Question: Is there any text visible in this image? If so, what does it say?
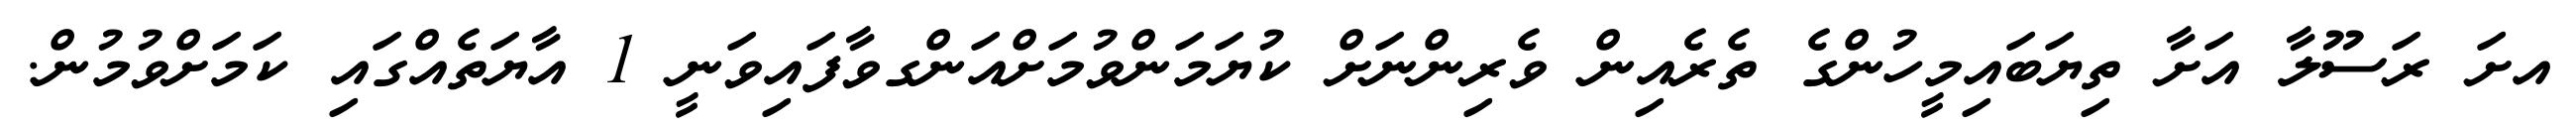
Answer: އށަ ރަސޫލާ އަށާ ތިޔަބައިމީހުންގެ ތެރެއިން ވެރިންނަށް ކުޔަމަންވުމަށްއަންގވާފައިވަނީ 1 އާޔަތެއްގައި ކަމަށްވުމުން.